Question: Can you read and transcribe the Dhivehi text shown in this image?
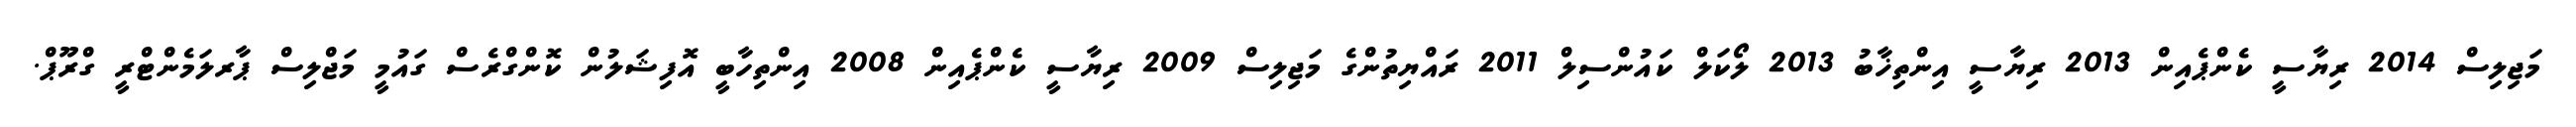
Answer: މަޖިލިސް 2014 ރިޔާސީ ކެންޕެއިން 2013 ރިޔާސީ އިންތިޚާބު 2013 ލޯކަލް ކައުންސިލް 2011 ރައްޔިތުންގެ މަޖިލިސް 2009 ރިޔާސީ ކެންޕެއިން 2008 އިންތިހާބީ އޮފިޝަލުން ކޮންގްރެސް ގައުމީ މަޖްލިސް ޕާރލަމެންޓްރީ ގްރޫޕް.